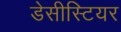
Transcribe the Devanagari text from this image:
डेसीस्टियर